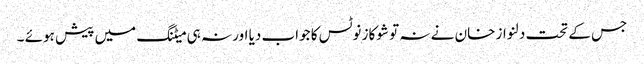
جس کے تحت دلنواز خان نے نہ تو شوکاز نوٹس کا جواب دیا اور نہ ہی میٹنگ میں پیش ہوئے ۔